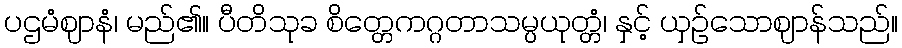
ပဌမံဈာနံ၊ မည်၏။ ပီတိသုခ စိတ္တေကဂ္ဂတာသမ္ပယုတ္တံ၊ နှင့် ယှဉ်သောဈာန်သည်။